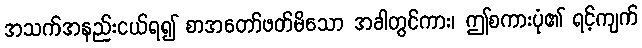
အသက်အနည်းငယ်ရ၍ စာအတော်ဖတ်မိသော အခါတွင်ကား၊ ဤစကားပုံ၏ ရင့်ကျက်